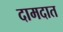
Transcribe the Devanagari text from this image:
दामदात